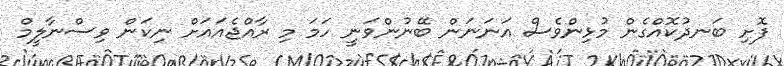
ފޮށި ބަނދުކޮއްގެން މުޅިންވެސް އަނަނަން ބޭނުންވަނީ ހަމަ މި ރާއްޖެއައަށް ނިކަން ވިސްނާލީމް